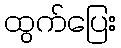
ထွက်ပြေး